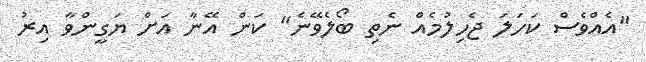
"އެއްވެސް ކަހަލަ ޖެހިލުމެއް ނެތި ބޯލެވޭނެ" ކަން އޭނާ އަށް ޔަގީންވާ އިރު